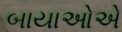
બાયાઓએ